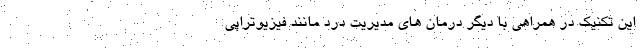
این تکنیک در همراهی با دیگر درمان های مدیریت درد مانند فیزیوتراپی